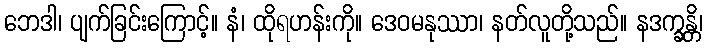
ဘေဒါ၊ ပျက်ခြင်းကြောင့်။ နံ၊ ထိုရဟန်းကို။ ဒေဝမနုဿာ၊ နတ်လူတို့သည်။ နဒက္ခန္တိ၊